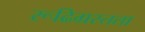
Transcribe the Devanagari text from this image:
रूढिग्रस्तता